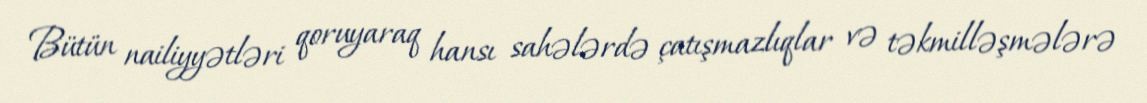
Bütün nailiyyətləri qoruyaraq hansı sahələrdə çatışmazlıqlar və təkmilləşmələrə